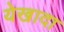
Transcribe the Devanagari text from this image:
येखादा